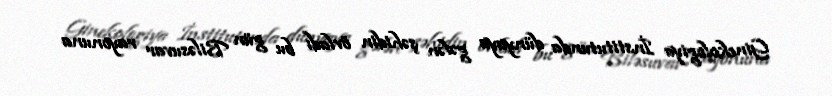
Ginekologiya İnstitutunda dünyaya gələn şəhidin övladı bu gün Biləsuvar rayonuna